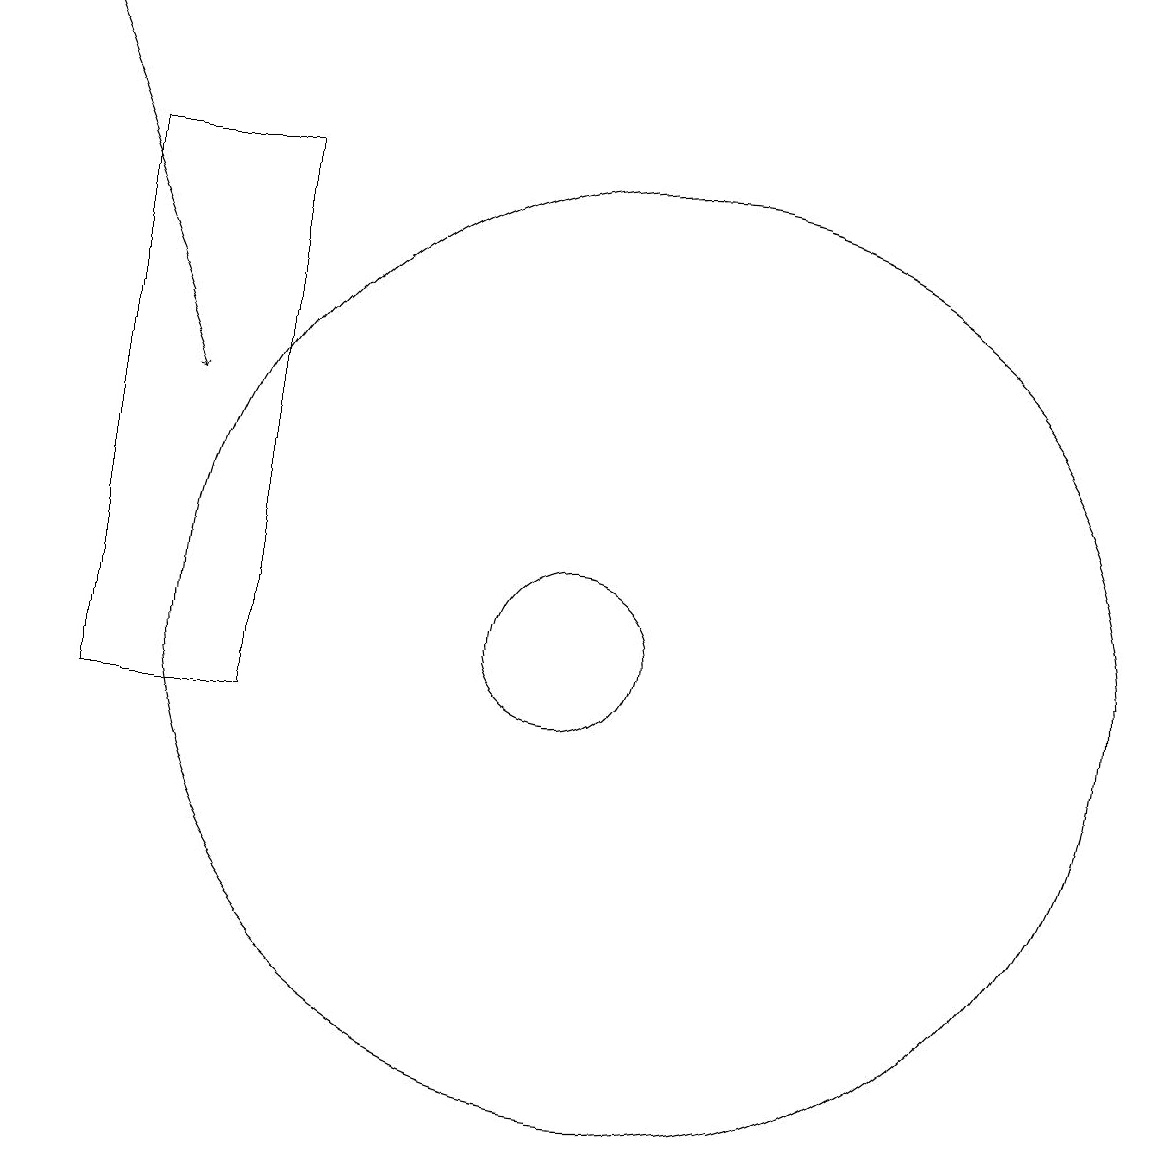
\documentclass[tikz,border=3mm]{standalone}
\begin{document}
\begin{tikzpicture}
\draw[->] (4,19) -- (6,14);
\draw (12,11) circle (6);
\draw (5,17) rectangle (7,10);
\draw (11,11) circle (1);
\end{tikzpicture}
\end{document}